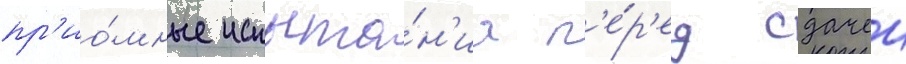
пр'ио́мные испыта́н'иа п'е́р'ед сдачеи